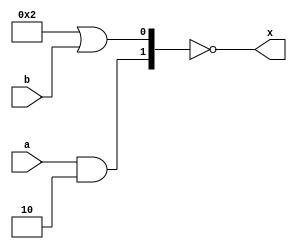
module ARY_NR_LOPR (x, a, b);
   output x;
   input [1:0] a,b;
   reg y, z;
   assign x = !{y,z};
   always @(a or b)
   begin
      y = a && 2'b10;
      z = 2 || b ;
   end
endmodule